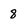
Character: 8